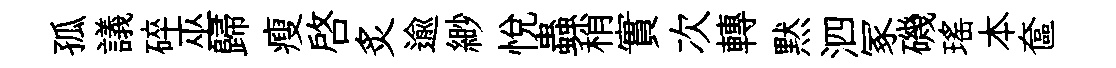
孤議碎巫歸瘦啓炙逾緲悦蟲稍實次轉黙泗冢磯瑤本奩